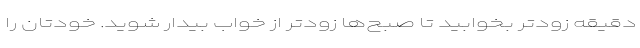
دقیقه زودتر بخوابید تا صبح‌ها زودتر از خواب بیدار شوید. خودتان را